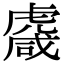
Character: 𧇱